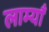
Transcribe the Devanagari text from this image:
लाम्याँ